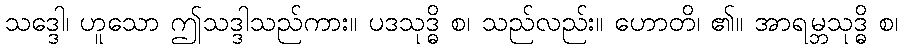
သဒ္ဒေါ၊ ဟူသော ဤသဒ္ဒါသည်ကား။ ပဒသုဒ္ဓိ စ၊ သည်လည်း။ ဟောတိ၊ ၏။ အာရမ္ဘသုဒ္ဓိ စ၊